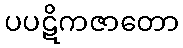
ပပဋိကဇာတော